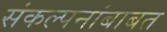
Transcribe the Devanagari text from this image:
संकल्पनांबाबत